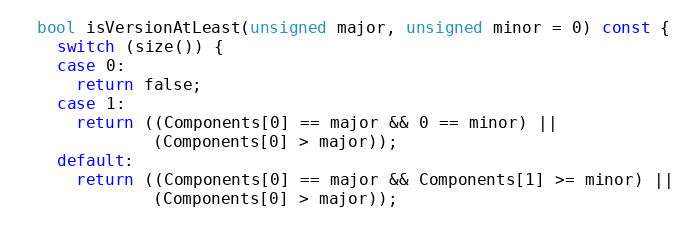
Language: C
  bool isVersionAtLeast(unsigned major, unsigned minor = 0) const {
    switch (size()) {
    case 0:
      return false;
    case 1:
      return ((Components[0] == major && 0 == minor) ||
              (Components[0] > major));
    default:
      return ((Components[0] == major && Components[1] >= minor) ||
              (Components[0] > major));